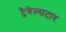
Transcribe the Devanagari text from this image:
ट्रैवेल्सटार